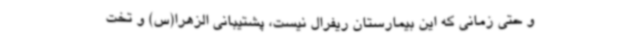
و حتی زمانی که این بیمارستان ریفرال نیست، پشتیبانی الزهرا(س) و تخت